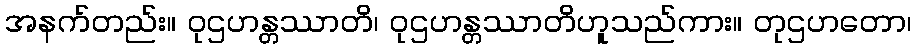
အနက်တည်း။ ဝုဌဟန္တဿာတိ၊ ဝုဌဟန္တဿာတိဟူသည်ကား။ တုဌဟတော၊